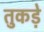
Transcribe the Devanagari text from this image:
तुकड़े